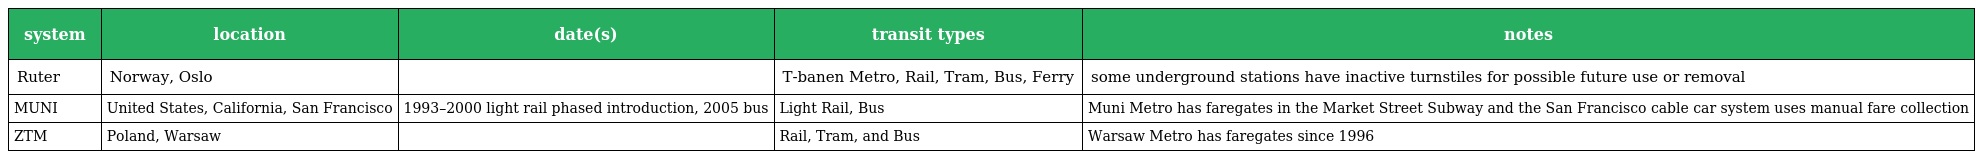
| system | location | date(s) | transit types | notes |
 | --- | --- | --- | --- | --- |
 | Ruter | Norway, Oslo |  | T-banen Metro, Rail, Tram, Bus, Ferry | some underground stations have inactive turnstiles for possible future use or removal |
 | MUNI | United States, California, San Francisco | 1993–2000 light rail phased introduction, 2005 bus | Light Rail, Bus | Muni Metro has faregates in the Market Street Subway and the San Francisco cable car system uses manual fare collection |
 | ZTM | Poland, Warsaw |  | Rail, Tram, and Bus | Warsaw Metro has faregates since 1996 |